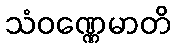
သံဝဏ္ဏေမာတိ